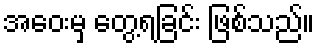
အဝေးမှ တွေ့ရခြင်း ဖြစ်သည်။